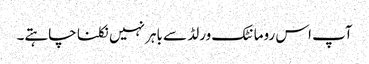
آپ اس رومانٹک ورلڈ سے باہر نہیں نکلنا چاہتے۔